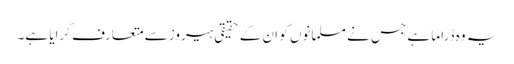
یہ وہ ڈراما ہے جس نے مسلمانوں کو ان کے حقیقی ہیروز سے متعارف کرایا ہے۔